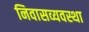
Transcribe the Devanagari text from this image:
निवासव्यवस्था